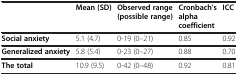
|  | Mean (SD) | Observed range (possible range) | Cronbach’s alpha coefficient | ICC |
 | --- | --- | --- | --- | --- |
 | Social anxiety | 5.1 (4.7) | 0-19 (0–21) | 0.85 | 0.92 |
 | Generalized anxiety | 5.8 (5.4) | 0-23 (0–27) | 0.88 | 0.70 |
 | The total | 10.9 (9.5) | 0-42 (0–48) | 0.92 | 0.81 |